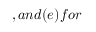
, a n d ( e ) f o r